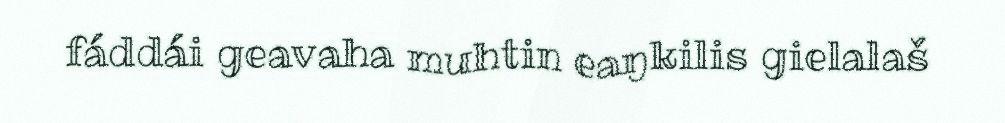
fáddái geavaha muhtin eaŋkilis gielalaš